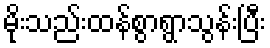
မိုးသည်းထန်စွာရွာသွန်းပြီး